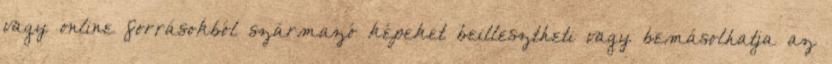
vagy online forrásokból származó képeket beillesztheti vagy bemásolhatja az